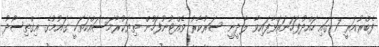
ފެބްރުއަރީ 7 ގައި ހައްދުފަހަނައަޅާފައިވާ ލާދީނީ ސަރުކާރު ވެއްޓުނުފަހުން ތިޔަކުރާމަސައްކަތަކީ ގައުމުގެ އިގްތިސޯދު